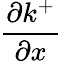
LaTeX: \frac{\partial k^{+}}{\partial x}